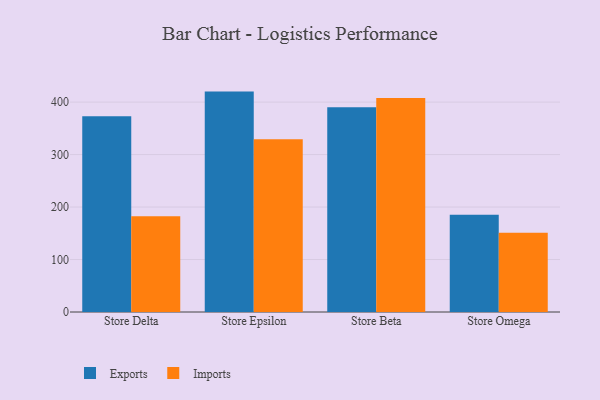
{"axis": {"x": "Store", "y": "Net Income (USD K)"}, "legend": ["Exports", "Imports"], "data": [{"x": "Store Delta", "y": 372.8, "type": "Exports"}, {"x": "Store Delta", "y": 182.4, "type": "Imports"}, {"x": "Store Epsilon", "y": 420.0, "type": "Exports"}, {"x": "Store Epsilon", "y": 329.3, "type": "Imports"}, {"x": "Store Beta", "y": 390.4, "type": "Exports"}, {"x": "Store Beta", "y": 408.0, "type": "Imports"}, {"x": "Store Omega", "y": 185.5, "type": "Exports"}, {"x": "Store Omega", "y": 151.0, "type": "Imports"}]}